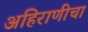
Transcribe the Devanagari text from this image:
अहिराणीचा